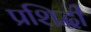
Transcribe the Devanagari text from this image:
प्रशिद्धी